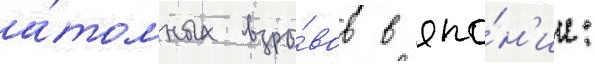
а́томных взры́вов в япо́н'ии: